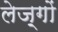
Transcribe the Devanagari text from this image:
लेज़्गों